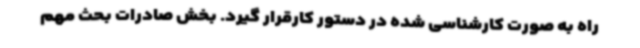
راه به ‌صورت کارشناسی شده در دستور کارقرار گیرد. بخش صادرات بحث مهم